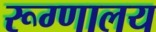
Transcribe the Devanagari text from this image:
रूग्‍णालय